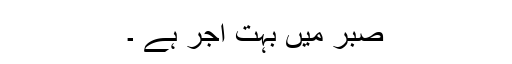
صبر میں بہت اجر ہے ۔